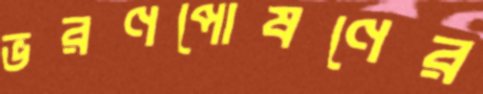
ভরণপোষণের